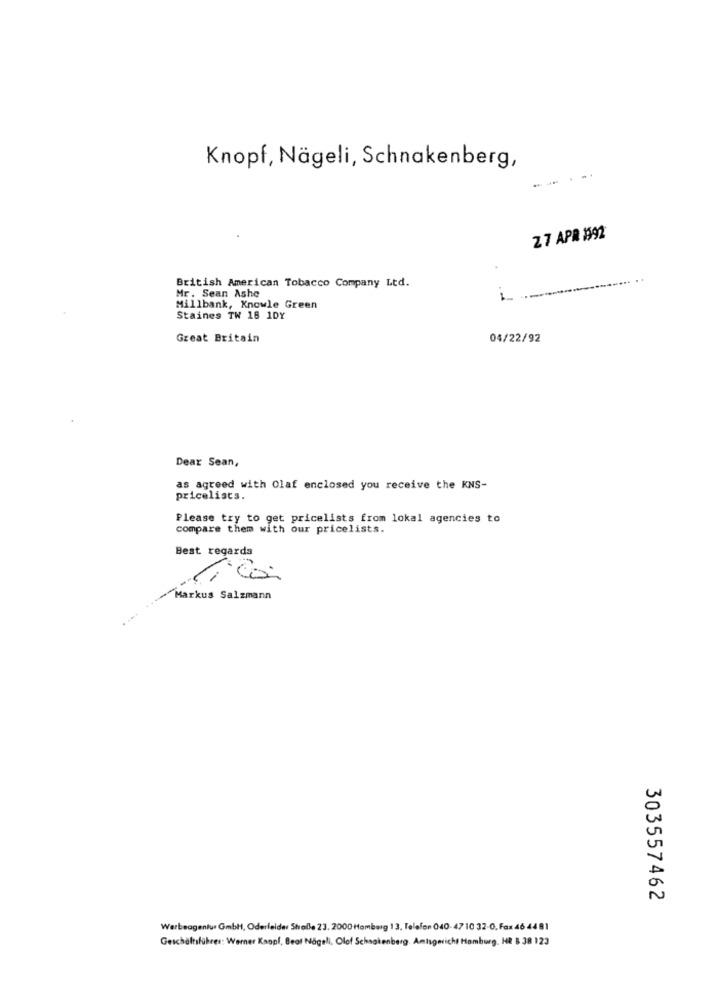
Knopf, Nägeli, Schnakenberg,
27 APR 1592
British American Tobacco Company Ltd.
Mr. Sean Ashe
-
Millbank, Knowle Green
Staines TW 18 1DY
Great Britain
04/22/92
Dear Sean,
as agreed with Olaf enclosed you receive the KNS-
pricelists.
Please try to get pricelists from lokal agencies to
compare them with our pricelists.
Best regards
" Con
Markus Salzmann
303557462
Werbeagentur Gmbh, Oderleider Stolle 23. 2000 Hamburg 13, Telefon 040- 47 10 32-0, Fax 46 4481
Geschältsführer: Werner Kaopl, Beat Nageli, Olof Schnakenberg. Amtsgericht Hamburg. HR B 38 123